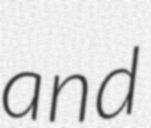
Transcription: and